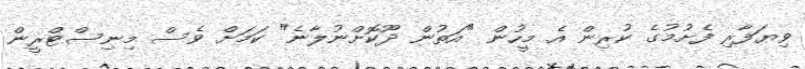
ވިޔަފާރި ފެށުމުގެ ކުރިން އެ މީހުން "އަތުން ދޫކޮށްނުލާނެ" ކަމަށް ވެސް މިނިސްޓްރީން